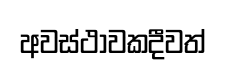
අවස්ථාවකදීවත්